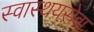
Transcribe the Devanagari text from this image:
स्वास्थयसेवा